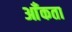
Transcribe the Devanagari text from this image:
आँकता